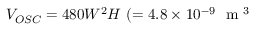
V _ { O S C } = 4 8 0 W ^ { 2 } H ~ ( = 4 . 8 \times 1 0 ^ { - 9 } ~ \mathrm { ~ m ~ } ^ { 3 }